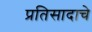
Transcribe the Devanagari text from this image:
प्रतिसादाचे